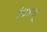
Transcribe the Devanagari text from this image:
चिरुन्दु